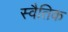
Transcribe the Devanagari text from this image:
स्वैतिक